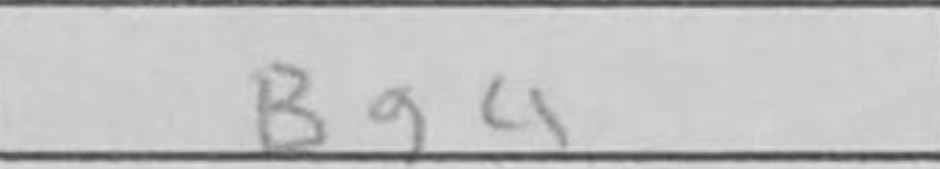
Transcription: Bg4